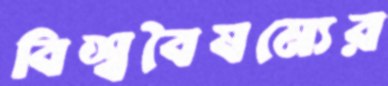
বিশ্ববৈষম্যের